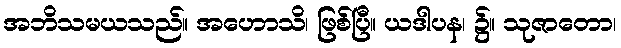
အဘိသမယသည်။ အဟောသိ၊ ဖြစ်ပြီ။ ယဒါပန၊ ၌။ သုဇာတော၊